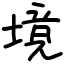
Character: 境